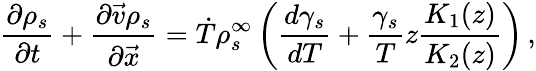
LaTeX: {\frac{\partial\rho_{s}}{\partial t}}+\frac{\partial\vec{v}\rho_{s}}{\partial\vec{x}}=\dot{T}\rho_{s}^{\infty}\left({\frac{d\gamma_{s}}{dT}}+\frac{\gamma_{s}}{T}z\frac{K_{1}(z)}{K_{2}(z)}\right)\, ,